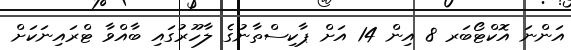
އަންނަ އޮކްޓޯބަރ 8 އިން 14 އަށް ޕާކިސްތާނުގެ ލާހޫރުގައި ބާއްވާ ޓްރައިނަކަށް